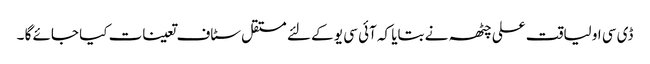
ڈی سی او لیاقت علی چٹھہ نے بتایا کہ آئی سی یو کے لئے مستقل سٹاف تعینات کیا جائے گا ۔